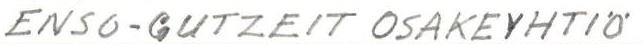
ENSO-GUTZEIT OSAKEYHTIÖ